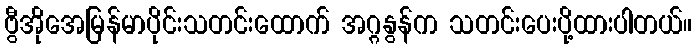
ဗွီအိုအေမြန်မာပိုင်းသတင်းထောက် အဂ္ဂနွန်က သတင်းပေးပို့ထားပါတယ်။